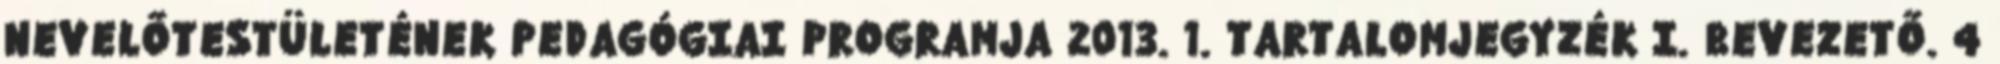
NEVELŐTESTÜLETÉNEK PEDAGÓGIAI PROGRAMJA 2013. 1. TARTALOMJEGYZÉK I. BEVEZETŐ. 4